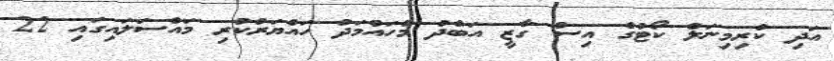
އަދި ކްރިމިނަލް ކޯޓުގެ އިސް ގާޒީ އަބްދު މުހައްމަދު ހައްޔަރުކުރި މައްސަލައިގައި 22